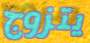
يتزوج